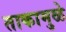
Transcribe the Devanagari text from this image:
ताकामुळे